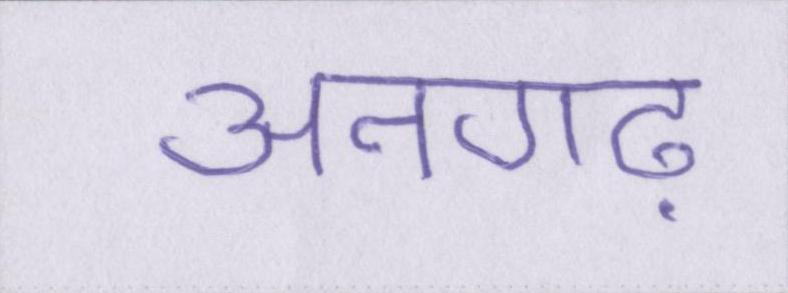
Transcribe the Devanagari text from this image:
अनगढ़